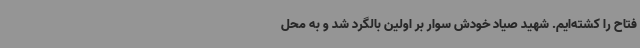
فتاح را کشته‌ایم. شهید صیاد خودش سوار بر اولین بالگرد شد و به محل